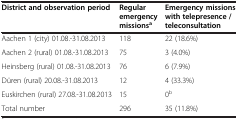
| District and observation period | Regular emergency missionsa | Emergency missions with telepresence / teleconsultation |
 | --- | --- | --- |
 | Aachen 1 (city) 01.08.-31.08.2013 | 118 | 22 (18.6%) |
 | Aachen 2 (rural) 01.08.-31.08.2013 | 75 | 3 (4.0%) |
 | Heinsberg (rural) 01.08.-31.08.2013 | 76 | 6 (7.9%) |
 | Düren (rural) 20.08.-31.08.2013 | 12 | 4 (33.3%) |
 | Euskirchen (rural) 27.08.-31.08.2013 | 15 | 0b |
 | Total number | 296 | 35 (11.8%) |